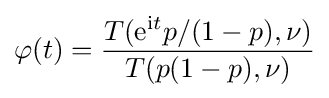
\varphi (t)={\frac {T(\mathrm {e} ^{\mathrm {i} t}p/(1-p),\nu )}{T(p(1-p),\nu )}}